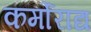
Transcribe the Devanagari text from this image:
कर्मोराद्य